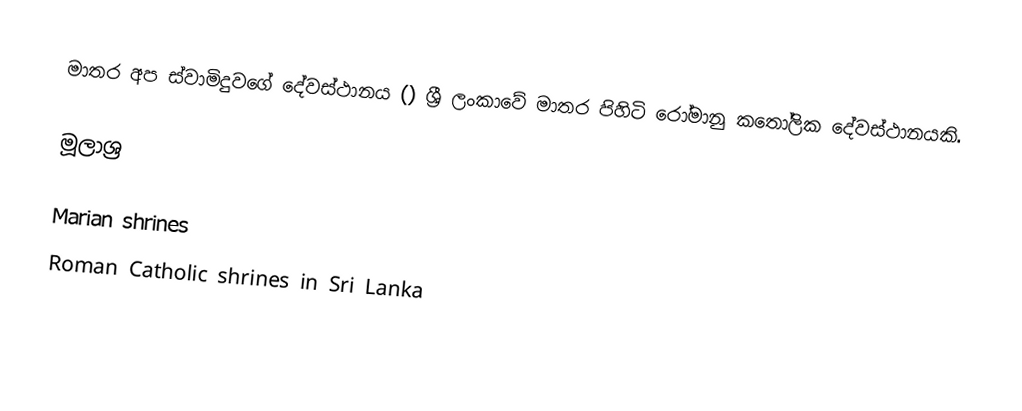
මාතර අප ස්වාමිදුවගේ දේවස්ථානය () ශ්‍රී ලංකාවේ මාතර පිහිටි රෝමානු කතෝලික දේවස්ථානයකි.

මූලාශ්‍ර

Marian shrines
Roman Catholic shrines in Sri Lanka